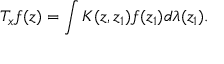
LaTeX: T _ { x } f ( z ) = \int K ( z , z _ { 1 } ) f ( z _ { 1 } ) d \lambda ( z _ { 1 } ) .